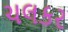
ચલકર